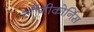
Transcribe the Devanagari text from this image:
लौंगीकोर्निस